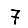
Digit: 7